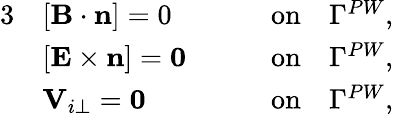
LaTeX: \begin{array}{rlr}{{3}}&{[{\mathbf B}\cdot\mathbf{n}]=0\qquad}&{\mathrm{on}\quad\Gamma^{PW},}\\ &{[{\mathbf E}\times\mathbf{n}]=\mathbf{0}\qquad}&{\mathrm{on}\quad\Gamma^{PW},}\\ &{\mathbf V_{i\perp}=\mathbf{0}\qquad}&{\mathrm{on}\quad\Gamma^{PW},}\end{array}